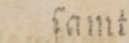
ſamt